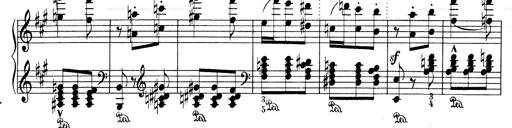
Title: Mephisto Waltz No.1
Composer: Franz Liszt